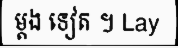
ម្តង ទៀត ។ Lay